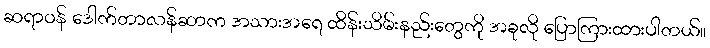
ဆရာဝန် ဒေါက်တာလန်ဆာက အသားအရေ ထိန်းသိမ်းနည်းတွေကို အခုလို ပြောကြားထားပါတယ်။